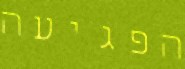
הפגיעה